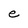
Character: e